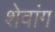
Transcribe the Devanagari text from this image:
शेवांग